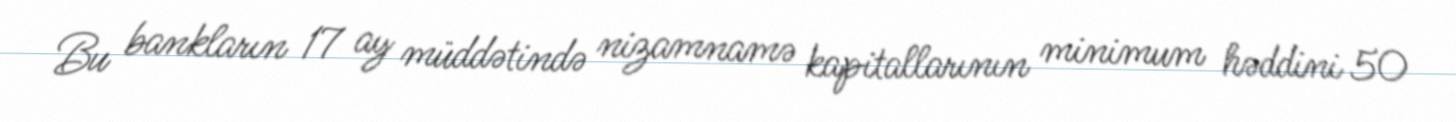
Bu bankların 17 ay müddətində nizamnamə kapitallarının minimum həddini 50